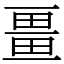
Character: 畺